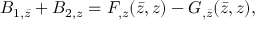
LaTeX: { \cal B } _ { 1 , \bar { z } } + { \cal B } _ { 2 , z } = { \cal F } _ { , z } ( \bar { z } , z ) - { \cal G } _ { , \bar { z } } ( \bar { z } , z ) ,